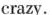
crazy.